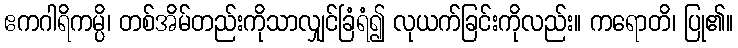
ဧကဂါရိကမ္ပိ၊ တစ်အိမ်တည်းကိုသာလျှင်ခြံရံ၍ လုယက်ခြင်းကိုလည်း။ ကရောတိ၊ ပြု၏။